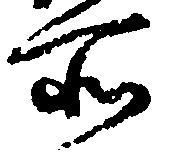
所